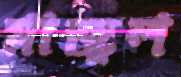
মাজুল